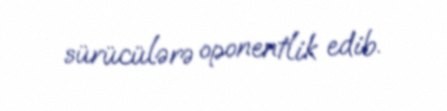
sürücülərə oponentlik edib.